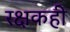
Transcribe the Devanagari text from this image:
रक्षकही